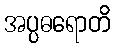
အပ္ပဓရောတိ